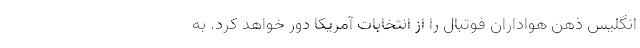
انگلیس ذهن هواداران فوتبال را از انتخابات آمریکا دور خواهد کرد. به